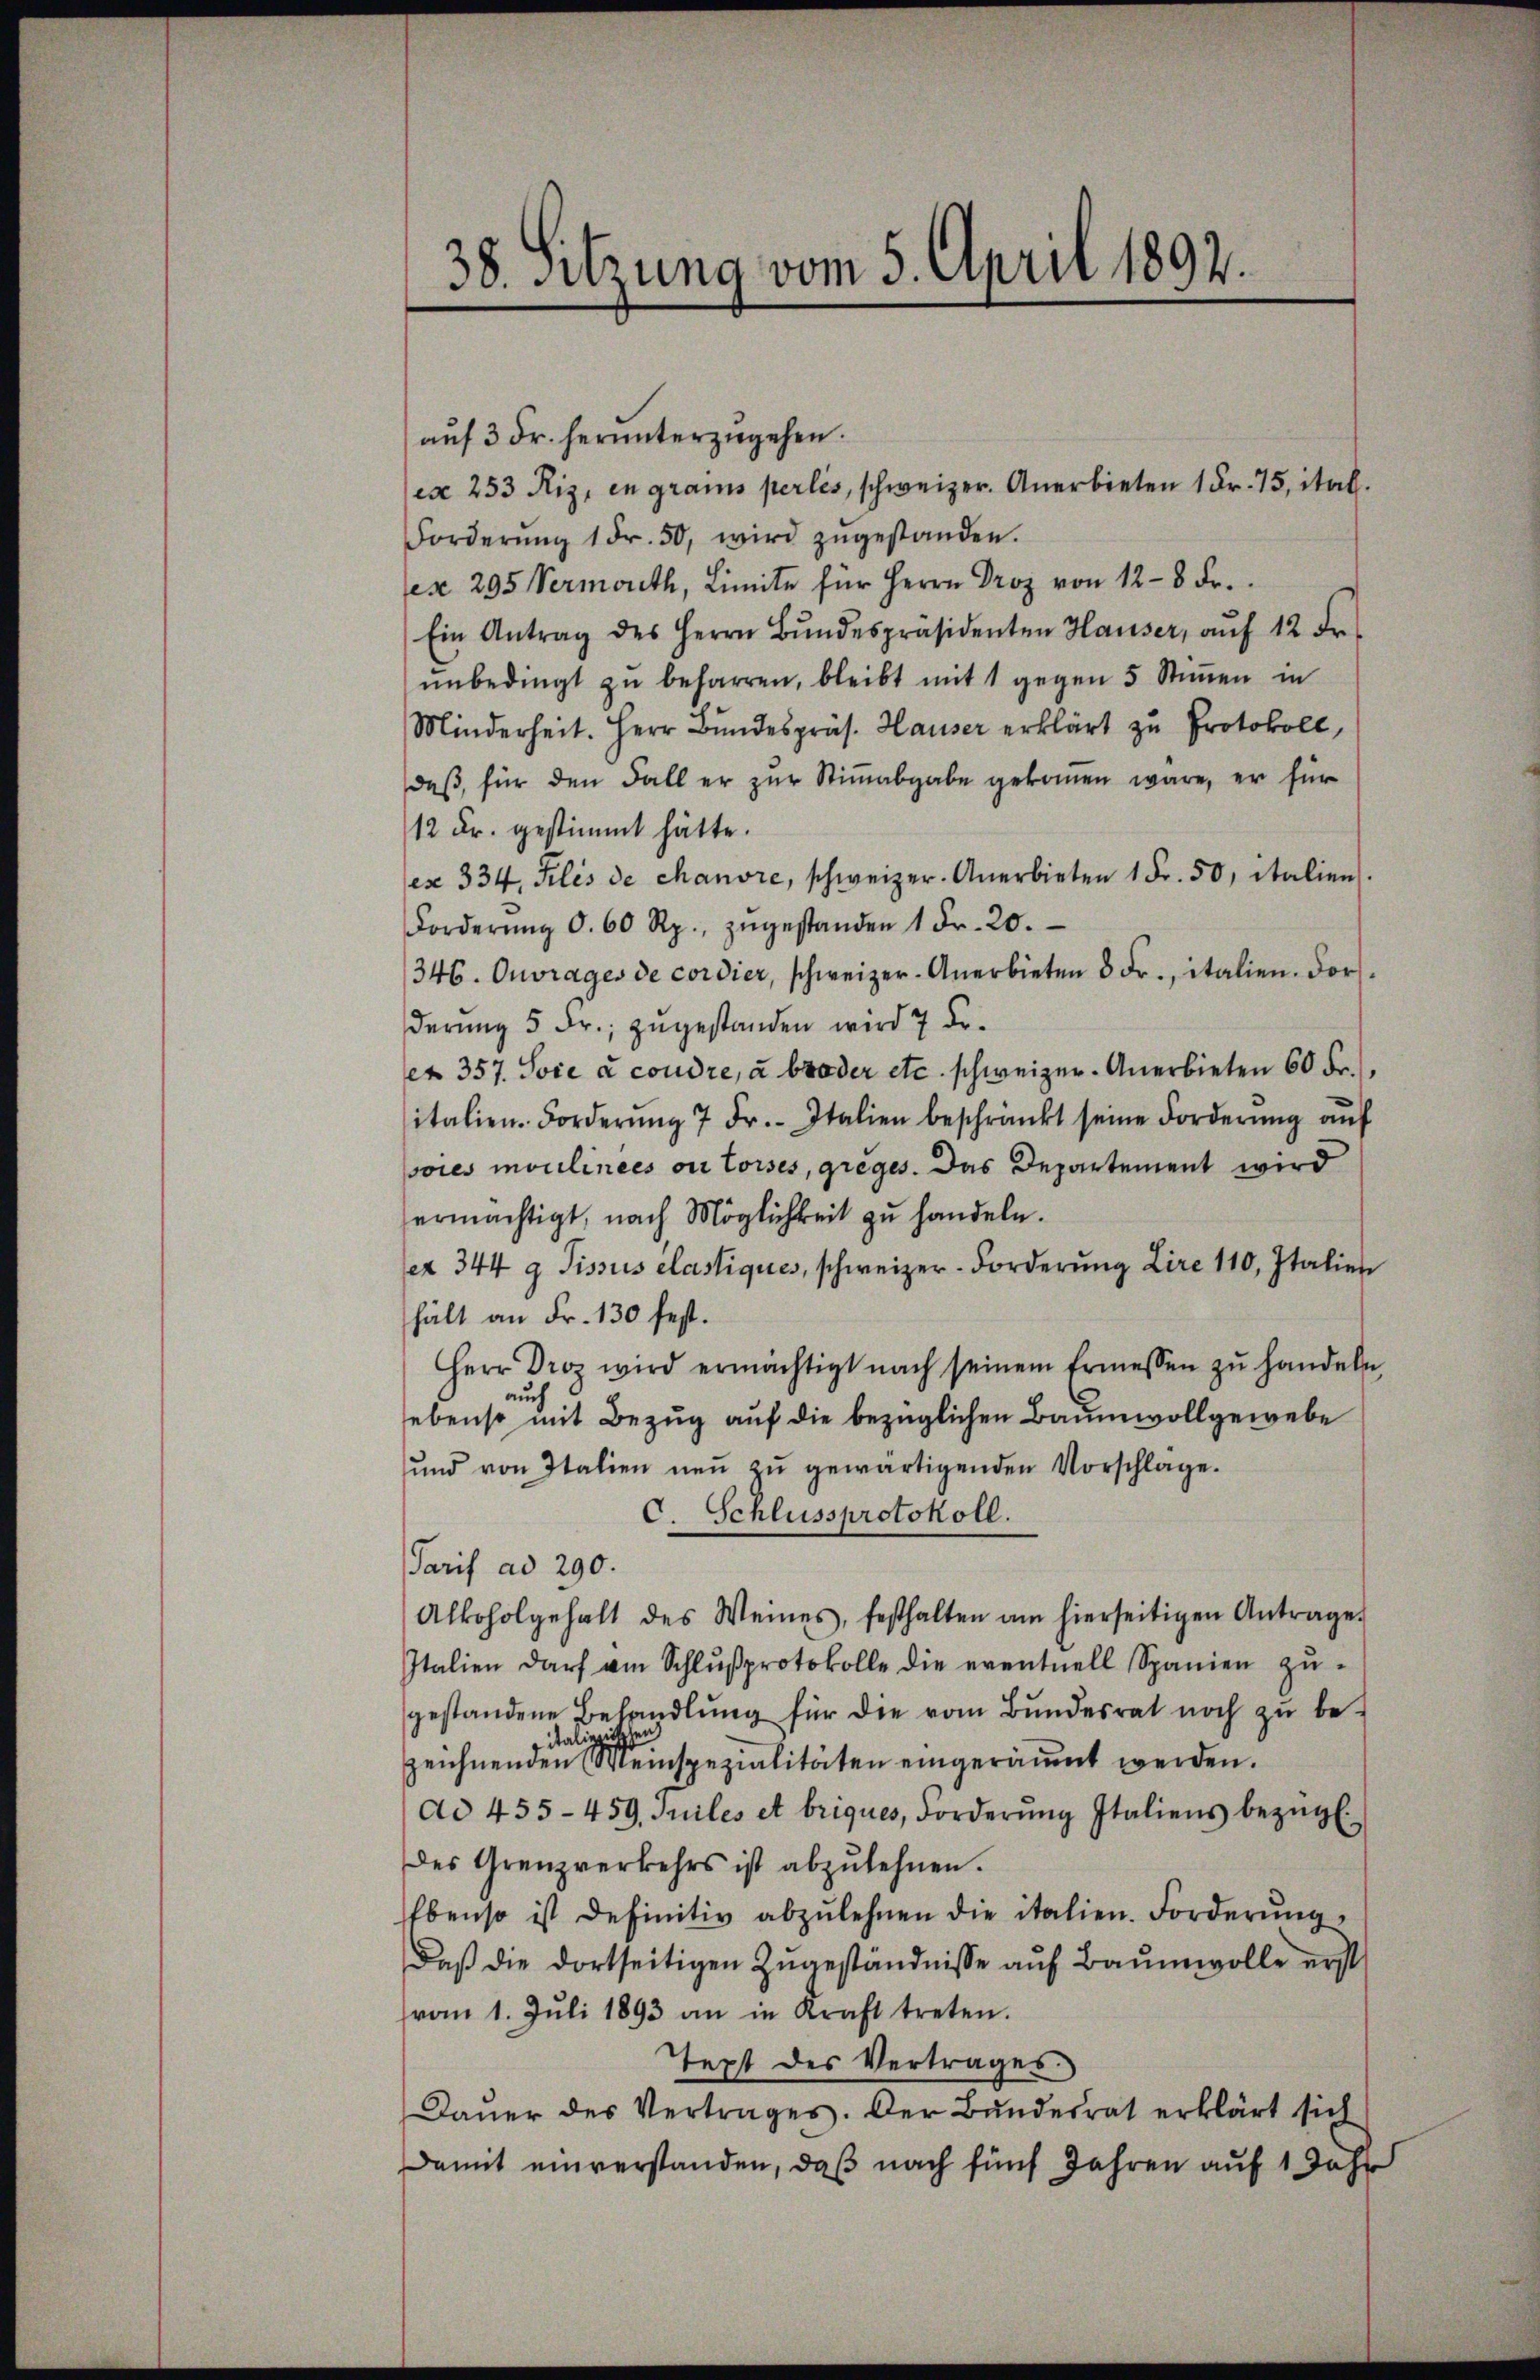
38. Sitzung vom 5. April 1892.

aŭf 3 Fr. herunterzugehen.
ex 253 Riz, in grais perlis, schweizer. Anerbieten 1 Fr. 75, ital.
Forderŭng 1 Fr. 50, wird zŭgestanden.
ex. 295 Vermouth, Limite für Herrn Droz von 128 Fr.
Ein Antrag des Herrn Bŭndespräsidenten Hauser, aŭf 12 Fr.
ŭnbedingt zŭ beharren, bleibt mit 1 gegen 5 Stiṁen in
Minderheit. Herr Bundespräs. Hauser erklärt zu Protokoll,
daβ für den Fall er zŭr Stiṁabgabe gekommen wäre, er für
12 Fr. gestimmt hätte.
ex 334, Jelis de chanore, schweizer. Anerbieten 1 Fr. 50, italien.
Forderŭng d. 60 Rp. zŭgestanden 1 Fr. 20.
346. Ouvrages de cordier, schweizer-Anerbieten 8 Fr., italien. Dorfderung 5 Fr.; zugestanden wird 7 Fr.
et 357. Soie à coudre, à broder etc. schweizer. Anerbieten 60 Fr.),
sitalien-Forderŭng 7 Fr. Italien beschränkt seine Forderŭng aŭf
ores moulinees ou toises, greges. Das Departement wird
ermächtigt, nach Möglichkeit zu handeln.
ex 344 g Tissus elastiques, schweizer-Forderung Lire 110, Italien
hält an Fr. 130 fest.
Herr Droz wird ermächtigt nach seinem Ermessen zŭ handeln,
aus
ebenso mit Bezug auf die bezüglichen Baumwollgewebe
ŭnd von Italien neŭ zŭ gewärtigenden Vorschlage.
C. Schlussprotokoll.
Tarif ad 290.
Alkoholgehalt des Weines, festhalten am hierseitigen Antrage
Italien darf am Schlŭβprotokolle die eventuell Spanien zŭ-
gestandene Behandlŭng für die vom Bŭndesrat noch zŭ be-
zeichnendenen ein spezialitäten eingeräumt werden.
dd 455-459, Tuiles et briques, Forderŭng Italiens bezügl.
des Grenzverkehrs ist abzulehnen.
Ebenso ist definitiv abzulehnen die italien. Forderŭng
Daß die dortseitigen Zugeständnisse auf Baumwolle erst
vom 1. Jŭli 1893 an in Kraft treten.
Text des Vertrages.
Daŭer des Vertrages. Der Bŭndesrat erklärt sich
Damit einverstanden, daß nach fünf Jahren auf 1 Jahr